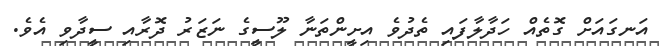
އަނގައަށް ގޮތެއް ހަދާލާފައި ތެދުވެ އިށީންތަނާ ލޫސީގެ ނަޒަރު ދޮރާއި ސީދާވި އެވެ.